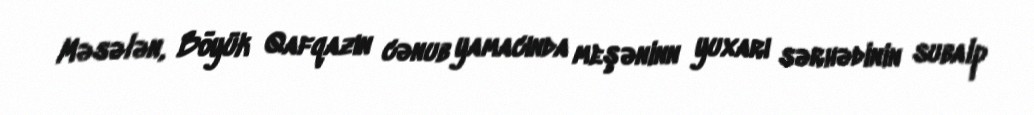
Məsələn, Böyük Qafqazın cənub yamacında meşəninn yuxarı sərhədinin subalp